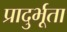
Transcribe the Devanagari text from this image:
प्रादुर्भूता